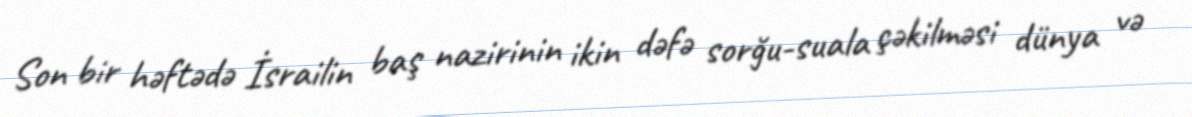
Son bir həftədə İsrailin baş nazirinin ikin dəfə sorğu-suala çəkilməsi dünya və